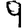
Digit: 9